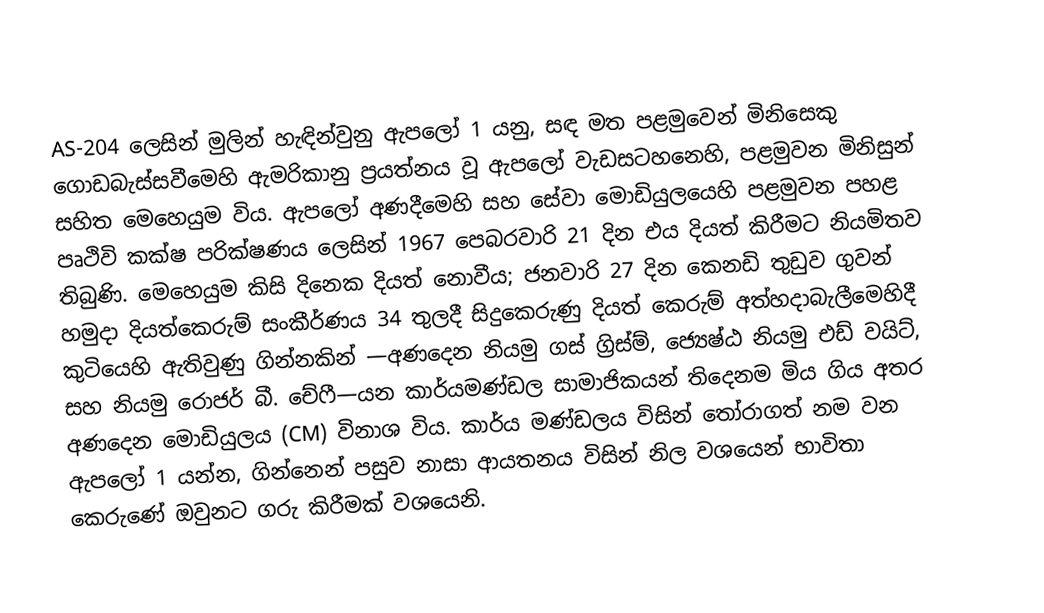
AS-204 ලෙසින් මුලින් හැඳින්වුනු ඇපලෝ 1 යනු, සඳ මත පළමුවෙන් මිනිසෙකු ගොඩබැස්සවීමෙහි ඇමරිකානු ප්‍රයත්නය වූ ඇපලෝ වැඩසටහනෙහි, පළමුවන මිනිසුන් සහිත මෙහෙයුම විය.   ඇපලෝ අණදීමෙහි සහ සේවා මොඩියුලයෙහි පළමුවන පහළ පෘථිවි කක්ෂ පරික්ෂණය ලෙසින්  1967 පෙබරවාරි 21 දින එය දියත් කිරීමට නියමිතව තිබුණි. මෙහෙයුම කිසි දිනෙක දියත් නොවීය; ජනවාරි 27 දින කෙනඩි තුඩුව ගුවන් හමුදා දියත්කෙරුම් සංකීර්ණය 34 තුලදී සිදුකෙරුණු දියත් කෙරුම් අත්හදාබැලීමෙහිදී කුටියෙහි ඇතිවුණු ගින්නකින්  —අණදෙන නියමු ගස් ග්‍රිස්ම්, ජ්‍යෙෂ්ඨ නියමු එඩ් වයිට්, සහ නියමු රොජර් බී. චේෆී—යන කාර්යමණ්ඩල සාමාජිකයන් තිදෙනම මිය ගිය අතර අණදෙන මොඩියුලය (CM) විනාශ විය. කාර්ය මණ්ඩලය විසින් තෝරාගත් නම වන ඇපලෝ 1 යන්න, ගින්නෙන් පසුව නාසා ආයතනය විසින් නිල වශයෙන් භාවිතා කෙරුණේ ඔවුනට ගරු කිරීමක් වශයෙනි.